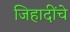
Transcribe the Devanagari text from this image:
जिहादींचे